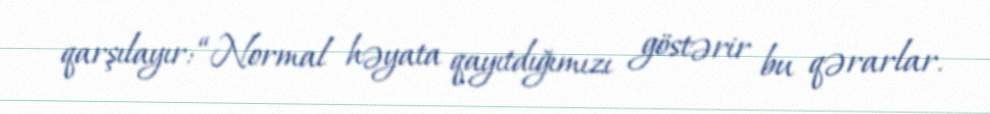
qarşılayır: “Normal həyata qayıtdığımızı göstərir bu qərarlar.